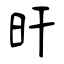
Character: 旰